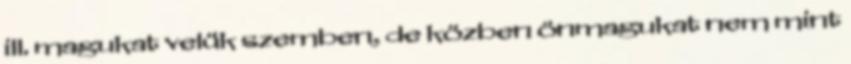
ill. magukat velük szemben, de közben önmagukat nem mint